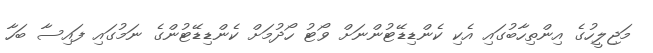
މަޖިލީހުގެ އިންތިހާބުގައި އެކި ކެންޑިޑޭޓުންނަށް ވޯޓު ހޯދުމަށް ކެންޑިޑޭޓުންގެ ނަމުގައި ފައިސާ ބަހާ